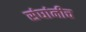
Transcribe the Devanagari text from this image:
संघांनीच